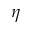
\eta